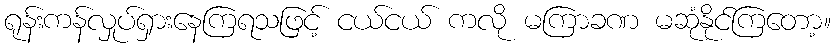
ရုန်းကန်လှုပ်ရှားနေကြရသဖြင့် ငယ်ငယ် ကလို မကြာခဏ မဆုံနိုင်ကြတော့။